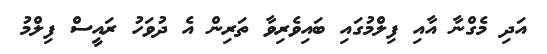
އަދި މެގްނާ އާއި ފިލްމުގައި ބައިވެރިވާ ތަރިން އެ ދުވަހު ރައީސް ފިލްމު